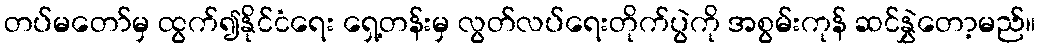
တပ်မတော်မှ ထွက်၍နိုင်ငံရေး ရှေ့တန်းမှ လွတ်လပ်ရေးတိုက်ပွဲကို အစွမ်းကုန် ဆင်နွှဲတော့မည်။